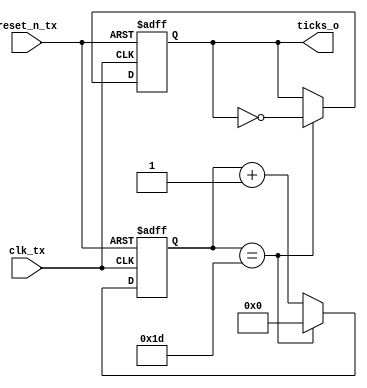
module sent_tx_gen_ticks(
	input clk_tx,
	input reset_n_tx,
	output reg ticks_o
	);

	localparam divide = 60;
	reg [15:0] counter = 0;

	always @(posedge clk_tx or negedge reset_n_tx) begin
		if(!reset_n_tx) begin
			ticks_o <= 0;
			counter <= 0;
		end
		else begin
			if (counter == (divide/2) - 1) begin
				ticks_o <= ~ticks_o;
				counter <= 0;
			end
			else counter <= counter + 1;
		end
	end
endmodule